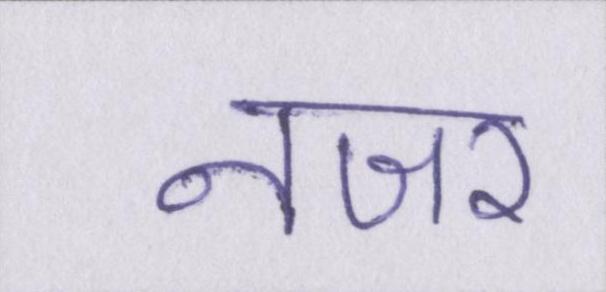
नजर